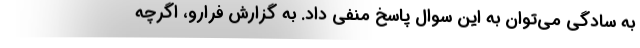
به سادگی می‌توان به این سوال پاسخ منفی داد. به گزارش فرارو، اگرچه